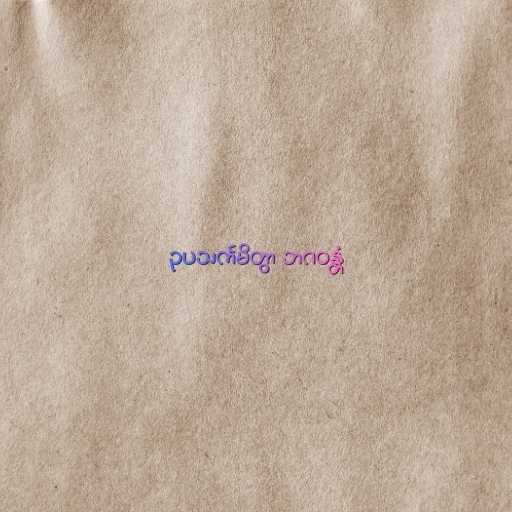
ဥပသင်္ကမိတွာ ဘဂဝန္တံ